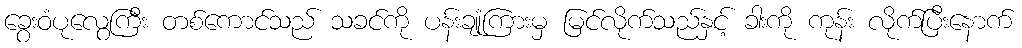
ခွေးဝံပုလွေကြီး တစ်ကောင်သည် သခင်ကို ပန်းချုံကြားမှ မြင်လိုက်သည်နှင့် ခါးကို ကုန်း လိုက်ပြီးနောက်